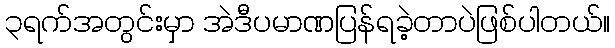
၃ရက်အတွင်းမှာ အဲဒီပမာဏပြန်ရခဲ့တာပဲဖြစ်ပါတယ်။